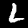
Digit: 2